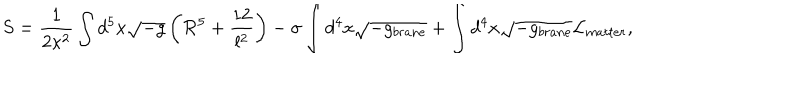
LaTeX: S = \frac { 1 } { 2 \kappa ^ { 2 } } \int d ^ { 5 } x \sqrt { - g } \left( { \cal R } ^ { 5 } + \frac { 1 2 } { l ^ { 2 } } \right) - \sigma \int d ^ { 4 } x \sqrt { - g _ { b r a n e } } + \int d ^ { 4 } x \sqrt { - g _ { b r a n e } } { \cal L } _ { m a t t e r } ,